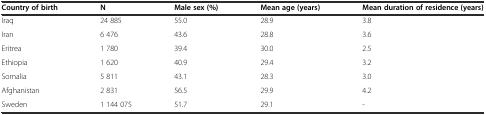
<table><thead><tr><td><b>Country of birth</b></td><td><b>N</b></td><td><b>Male sex (%)</b></td><td><b>Mean age (years)</b></td><td><b>Mean duration of residence (years)</b></td></tr></thead><tbody><tr><td>Iraq</td><td>24 885</td><td>55.0</td><td>28.9</td><td>3.8</td></tr><tr><td>Iran</td><td>6 476</td><td>43.6</td><td>28.8</td><td>3.6</td></tr><tr><td>Eritrea</td><td>1 780</td><td>39.4</td><td>30.0</td><td>2.5</td></tr><tr><td>Ethiopia</td><td>1 620</td><td>40.9</td><td>29.4</td><td>3.2</td></tr><tr><td>Somalia</td><td>5 811</td><td>43.1</td><td>28.3</td><td>3.0</td></tr><tr><td>Afghanistan</td><td>2 831</td><td>56.5</td><td>29.9</td><td>4.2</td></tr><tr><td>Sweden</td><td>1 144 075</td><td>51.7</td><td>29.1</td><td>-</td></tr></tbody></table>